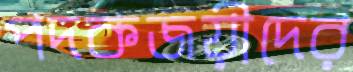
পদকজয়ীদের